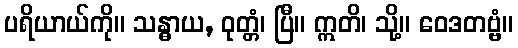
ပရိယာယ်ကို။ သန္ဓာယ, ဝုတ္တံ၊ ပြီ။ ဣတိ၊ သို့။ ဝေဒတဗ္ဗံ။